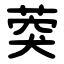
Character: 葖